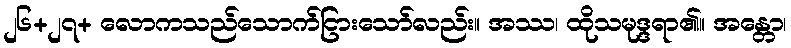
၂၆+၂၇+ လောကသည်သောက်ငြားသော်လည်း။ အဿ၊ ထိုသမုဒ္ဒရာ၏။ အန္တော၊